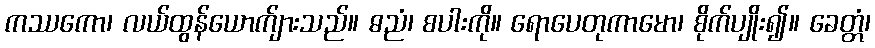
ကဿကော၊ လယ်ထွန်ယောက်ျားသည်။ ဓညံ၊ စပါးကို။ ရောပေတုကာမော၊ စိုက်ပျိုး၍။ ခေတ္တံ၊